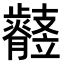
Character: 𣦲